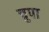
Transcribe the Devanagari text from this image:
चुपा